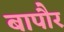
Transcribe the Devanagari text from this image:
बापौर